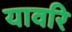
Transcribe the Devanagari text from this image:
यावरि